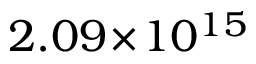
2 . 0 9 \! \times \! 1 0 ^ { 1 5 }